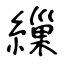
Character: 繅